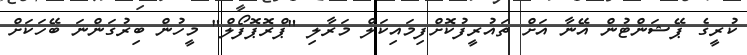
ކުރީގެ ޕޭޝަންޓުން އޭނާ އަށް ތައުރީފުކޮށްފިމައިކަލް މަރާލި "ޕްރޮޕޮފޯލް" މީހުން ބިރުގަންނަ ބޭހަކަށް